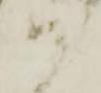
ハ